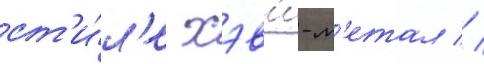
ст'и́л'е хэв'и-м'етал //